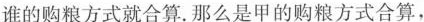
谁的购粮方式就合算.那么是甲的购粮方式合算，